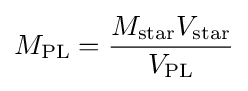
M_{\mathrm {PL} }={\frac {M_{\mathrm {star} }V_{\mathrm {star} }}{V_{\mathrm {PL} }}}